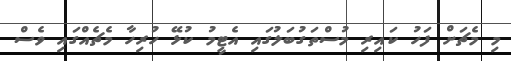
މި މެޗަށް ފަހު ކައިރި މުސްތަގުބަލުގައި އެޓީމު ކުޅޭ ހުރިހާ މެޗެއްގައި ވެސް